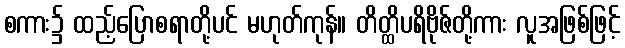
စကား၌ ထည့်ပြောစရာတို့ပင် မဟုတ်ကုန်။ တိတ္ထိပရိဗိုဇ်တို့ကား လူအဖြစ်ဖြင့်